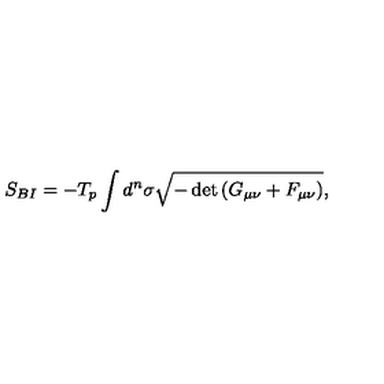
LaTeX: S _ { B I } = - T _ { p } \int d ^ { n } \sigma \sqrt { - \det { \left( G _ { \mu \nu } + F _ { \mu \nu } \right) } } ,